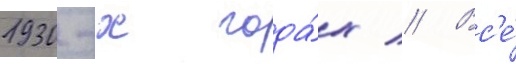
1930-х года́х // Вс'е́